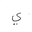
Letter: _ya